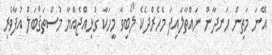
އޭނަ މަތިން ހަނދާން ނައްތާލައިފަ މެހެރްދެކެ ލޯބިވާ މީހަކާ ގުޅިއްޖެއްޔާ މުސްތަޤްބަލް އުފާވެރި